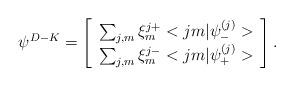
LaTeX: \begin{align*}{\psi}^{D-K}=\left[ \begin{array}{c} \sum_{j,m}\xi^{j+}_m<jm|{\psi}_{-}^{(j)}>\\ \sum_{j,m}\xi^{j-}_m <jm|{\psi}_{+}^{(j)}> \end{array} \right].\end{align*}